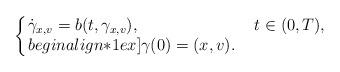
LaTeX: \begin{align*}\left\{\!\!\begin{array}{ll}\dot\gamma_{x,v}=b(t,\gamma_{x,v}),&\ t\in(0,T),\\begin{align*}1ex]\gamma(0)=(x,v).\end{array}\right.\end{align*}